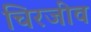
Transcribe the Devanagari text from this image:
चिरजीव